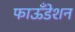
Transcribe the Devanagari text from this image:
फाऊँडेशन